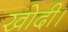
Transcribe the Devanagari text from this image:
खोदी।